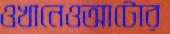
ওখানেওআটোর